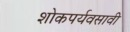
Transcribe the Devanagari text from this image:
शोकपर्यवसावी